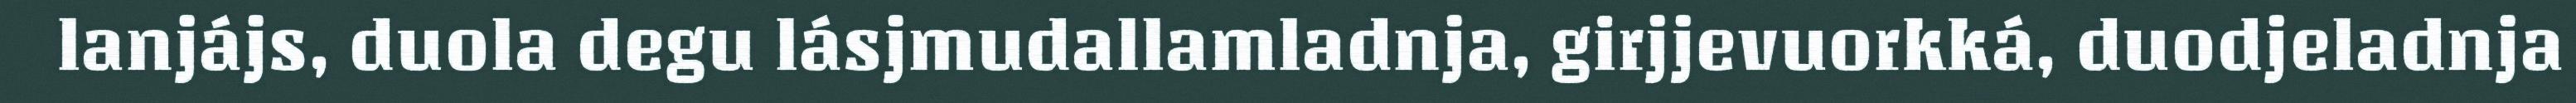
lanjájs, duola degu lásjmudallamladnja, girjjevuorkká, duodjeladnja